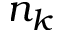
n _ { k }